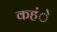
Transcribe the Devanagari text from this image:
कहंे